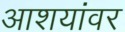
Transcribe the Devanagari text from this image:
आशयांवर